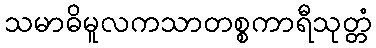
သမာဓိမူလကသာတစ္စကာရီသုတ္တံ